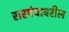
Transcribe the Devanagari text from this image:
सरपंचावरील